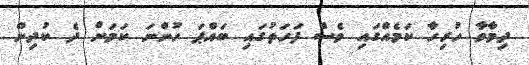
ދިމާވާ ހުރިހާ ކަމެއްގައި ވެސް ފަހަތުގައި ބައްޕަ ހުންނަ ކަމަށް ދެ ކުދިން